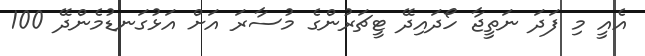
އެއީ މި ފަދަ ނަތީޖާ ހޯދައިދޭ ޓީޗަރުންގެ މުސާރަ އަށް އަޅުގަނޑުމެންދޭ 100